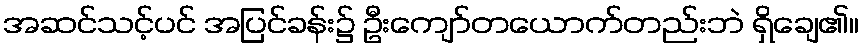
အဆင်သင့်ပင် အပြင်ခန်း၌ ဦးကျော်တယောက်တည်းဘဲ ရှိချေ၏။